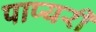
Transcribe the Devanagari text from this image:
पाप्यरी